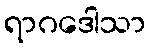
ရာဂဒေါသာ